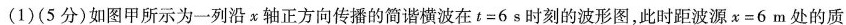
(1)(5分)如图甲所示为一列沿x轴正方向传播的简谐横波在$$t = 6 s$$时刻的波形图，此时距波源$$x = 6 m$$处的质